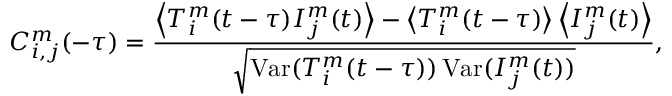
C _ { i , j } ^ { m } ( - \tau ) = \frac { \left\langle T _ { i } ^ { m } ( t - \tau ) I _ { j } ^ { m } ( t ) \right\rangle - \left\langle T _ { i } ^ { m } ( t - \tau ) \right\rangle \left\langle I _ { j } ^ { m } ( t ) \right\rangle } { \sqrt { \operatorname { V a r } ( T _ { i } ^ { m } ( t - \tau ) ) \operatorname { V a r } ( I _ { j } ^ { m } ( t ) ) } } ,